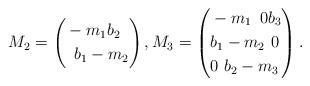
LaTeX: \begin{align*}M_2=\left(\begin{aligned}& -m_1 b_2 \\& \,\,\, b_1 -m_2\end{aligned}\right),M_3=\left(\begin{aligned}& -m_1 \,\,\, 0 b_3 \\& b_1 -m_2 \,\, 0 \\& 0 \,\, b_2 -m_3\end{aligned}\right).\end{align*}